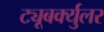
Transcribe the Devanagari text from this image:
ट्यूबर्क्युलर